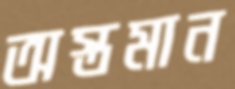
অস্তমান